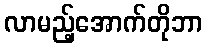
လာမည့်အောက်တိုဘာ